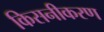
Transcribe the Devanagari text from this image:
किसनीकरण